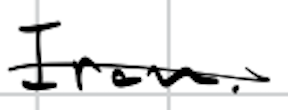
Text: Iran.
Cross-out: single-line
Writing tool: digital_black